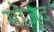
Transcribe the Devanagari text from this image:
मॊजूद